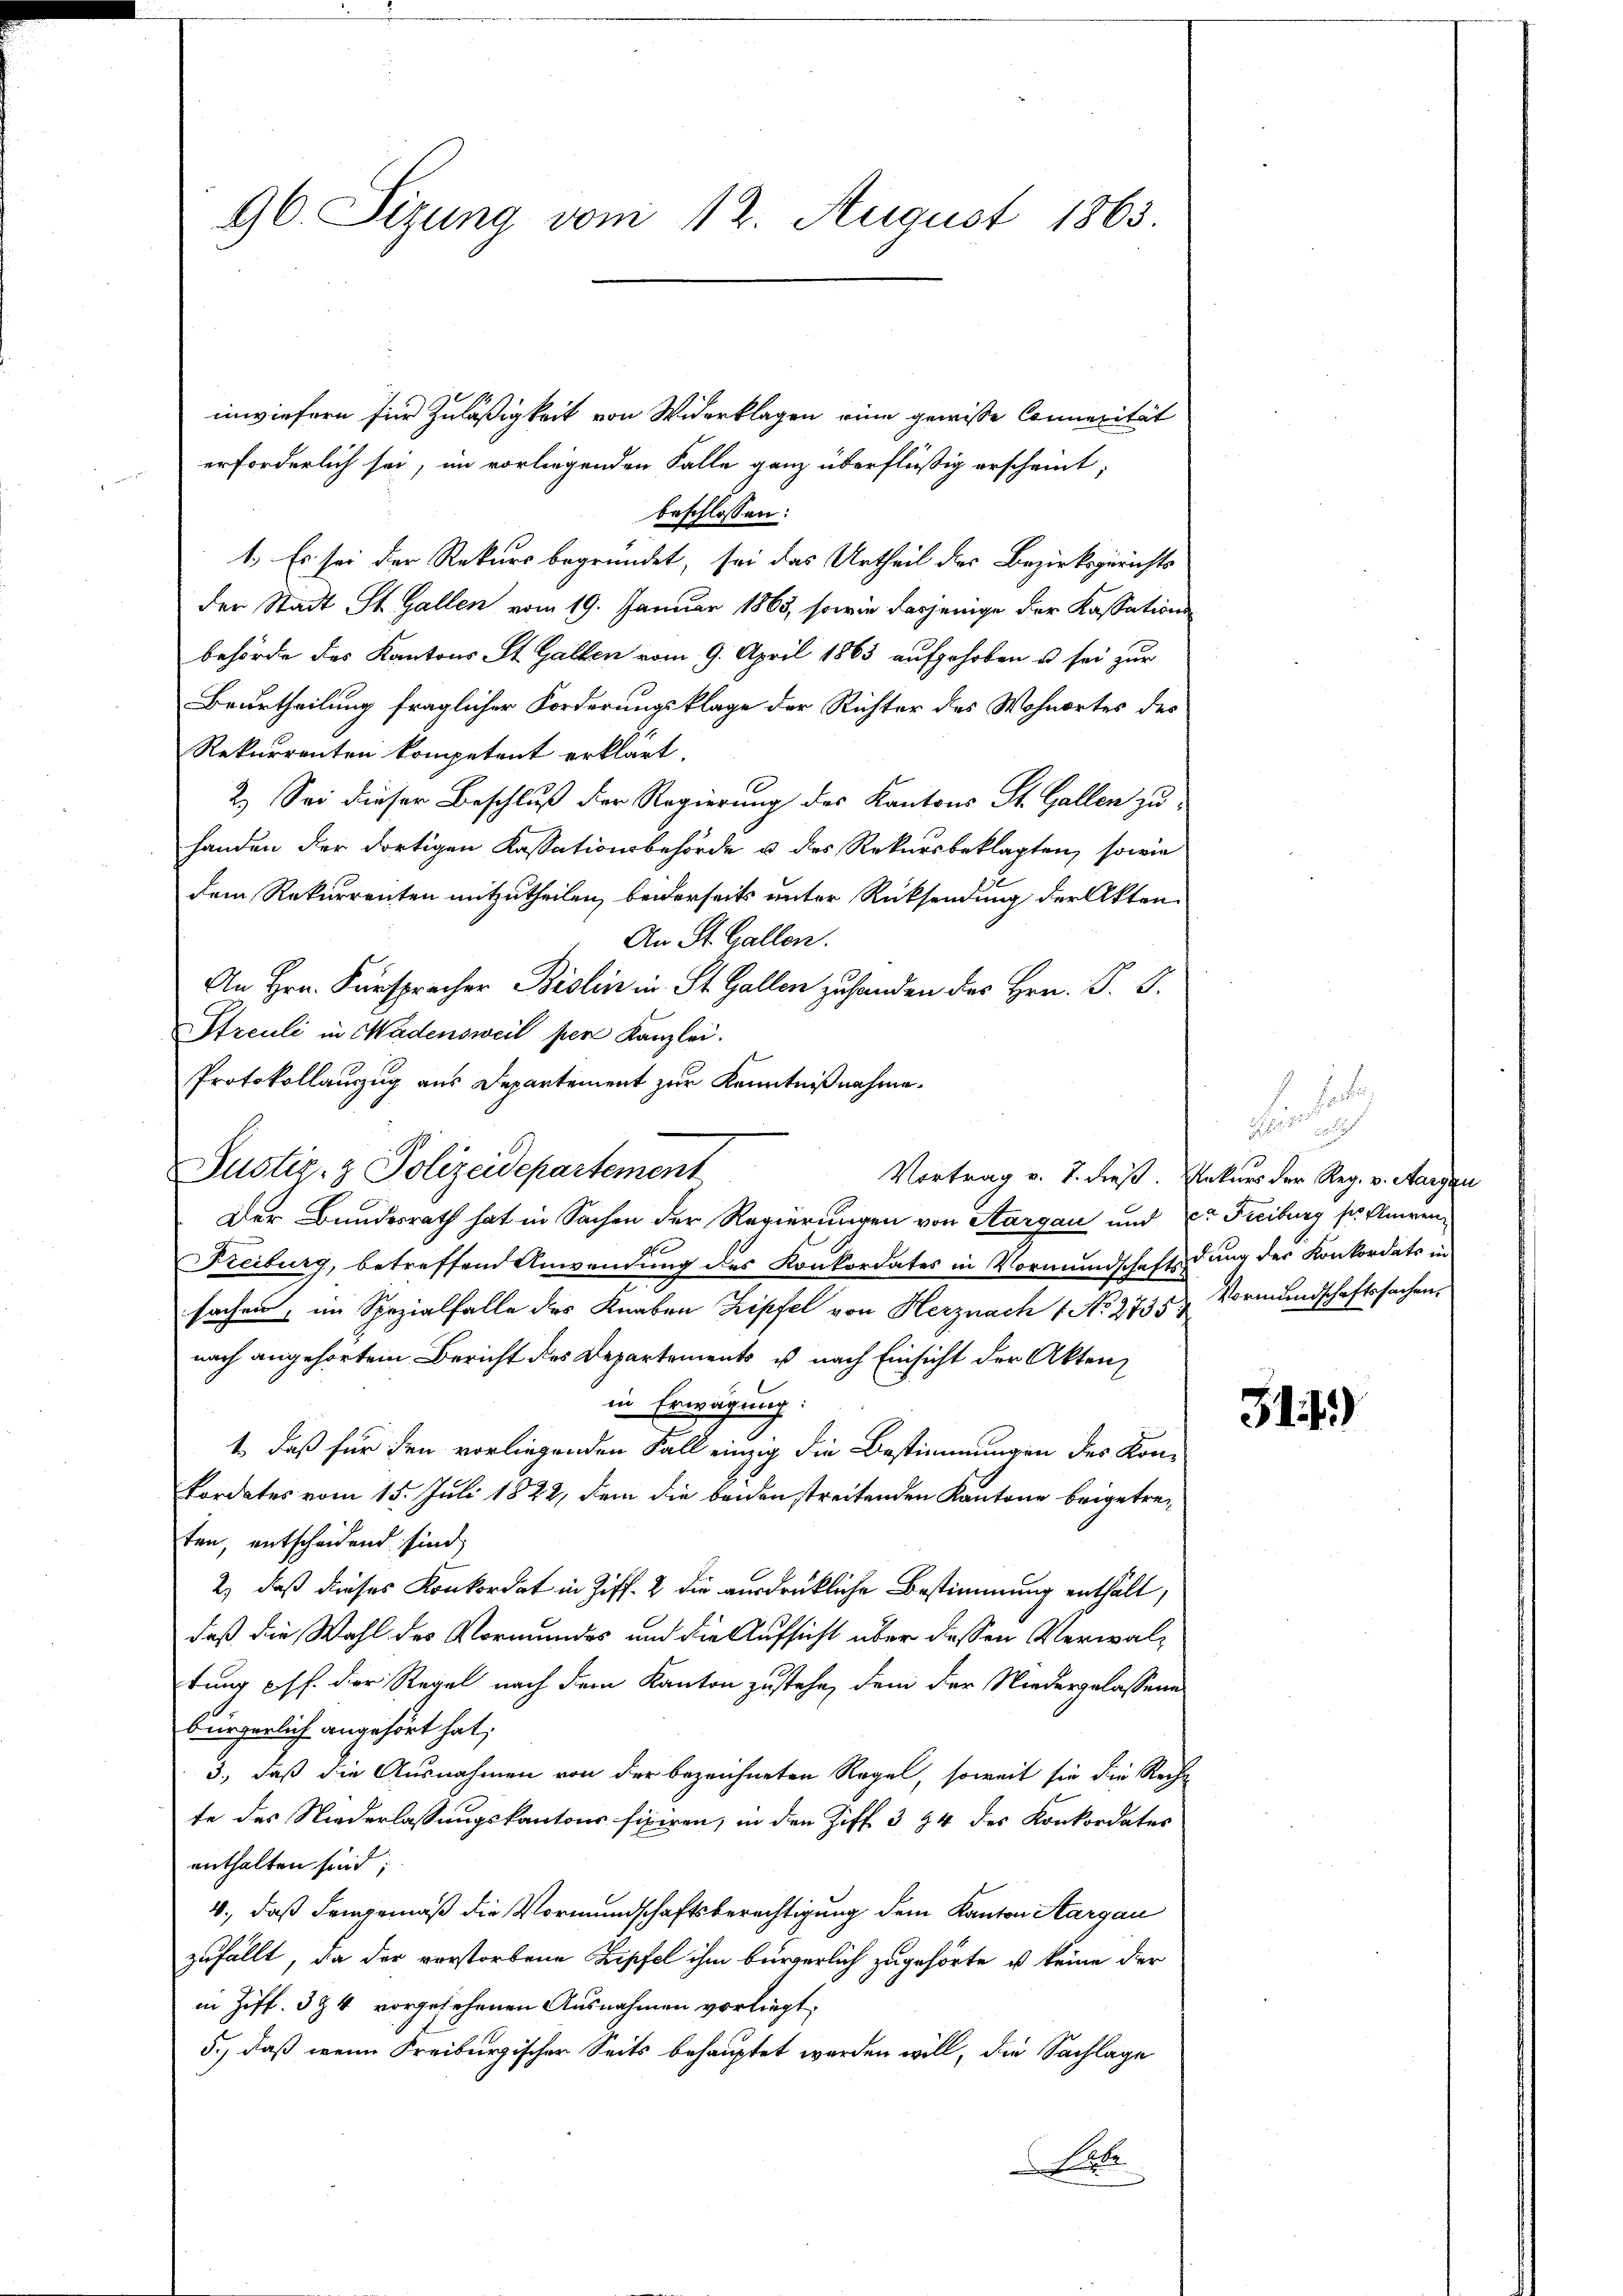
96. Sizung vom 12. August 1863.

inwiefern für Zuläßigkeit von Widerklagen eine gewisse Connerität
erforderlich sei, im vorliegenden Falle ganz überflüßig erscheint;
beschlossen:
1. Es sei der Rekurs begründet, sei das Urtheil des Bezirksgerichts
der Stadt St. Gallen vom 19. Januar 1863, sowie dasjenige der Kassationsbehörde des Kantons St. Gallen vom 9. April 1863 aufgehoben u sei zur
Beurtheilung fraglicher Forderungsklage der Richter des Wohnortes des
Rekurrenten kompetent erklärt.
2.) Sei dieser Beschluß der Regierung des Kantons St. Gallen zu
handen der dortigen Kassationsbehörde u des Rekursbeklagten, sowie
dem Rekurrenten mitzutheilen, beiderseits unter Rücksendung der Akten
An St. Gallen.
An Hrn. Fürsprecher Bislin in St. Gallen zu handen des Hrn. P. G.
Streuli in Wadensweil per Kanzlei.
Protokollauszug aus Departement zur Kenntnißnahme.
Der Bundesrath hat in Sachen der Regierungen von Aargau und Dr Freiburg sr. Anwen¬
Freiburg, betreffend Anwendung des Konkordates in Vormundschaftssachen, im Spezialfalle des Knaben Zipfel von Herznach 1 No 2735 & Vormundschaftssachen.
nach angehörtem Bericht des Departements u nach Einsicht der Aktenin Erwägung:
1., daß für den vorliegenden Fall einzig die Bestimmungen des Kon-
kordates vom 15. Juli 1822, dem die beiden streitenden Kantone beigetreten, entscheidend sind,
2) daß dieses Konkordat in Ziff. 2 die ausdrükliche Bestimmung enthält,
daß die Wahl des Vormundes und die Aufsicht über dessen Verwaltung pff. der Regel nach dem Kanton zustehe, dem der Niedergelassene
bürgerlich angehört hat;
3., daß die Ausnahmen von der bezeichneten Regel, soweit sie die Rechn
te des Niederlassungskantons fixiren, in den Ziff. 3 24 des Konkordates
enthalten sind;
4., daß demgemäß die Vormundschaftsberechtigung dem Kanton Aargau
zufällt, da der verstorbene Zipfel ihm bürgerlich zugehörte, u keine der
in Ziff. 3 & 4 vorgesehenen Ausnahmen vorliegt:
5.) daß wenn Freiburgischer Seits behauptet werden will, die Sachlage
Pete

Justiz- & Polizeidepartement

Vortrag v. J. dieß. Ankurs der Reg. v. Aargau

F
h
dung des Konkordats in

311)